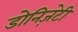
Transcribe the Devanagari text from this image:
डोनिज़ेटी